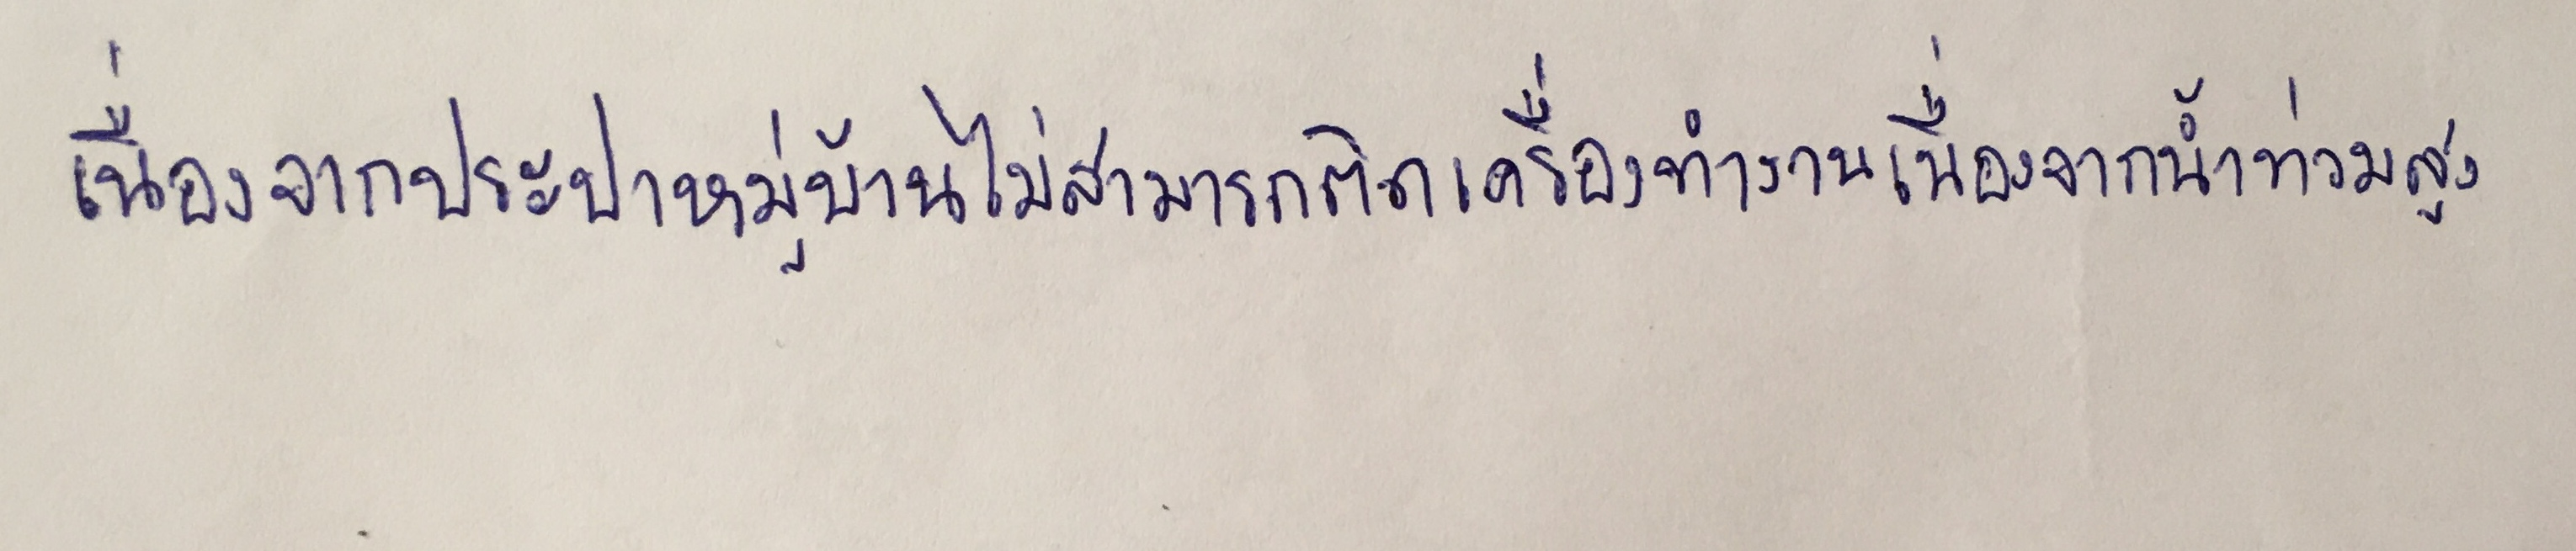
เนื่องจากประปาหมู่บ้านไม่สามารถติดเครื่องทำงานเนื่องจากน้ำท่วมสูง